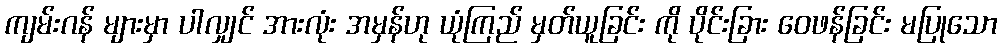
ကျမ်းဂန် များမှာ ပါလျှင် အားလုံး အမှန်ဟု ယုံကြည် မှတ်ယူခြင်း ကို ပိုင်းခြား ဝေဖန်ခြင်း မပြုသော